Annual report on the lock hospitals of the Madras Presidency
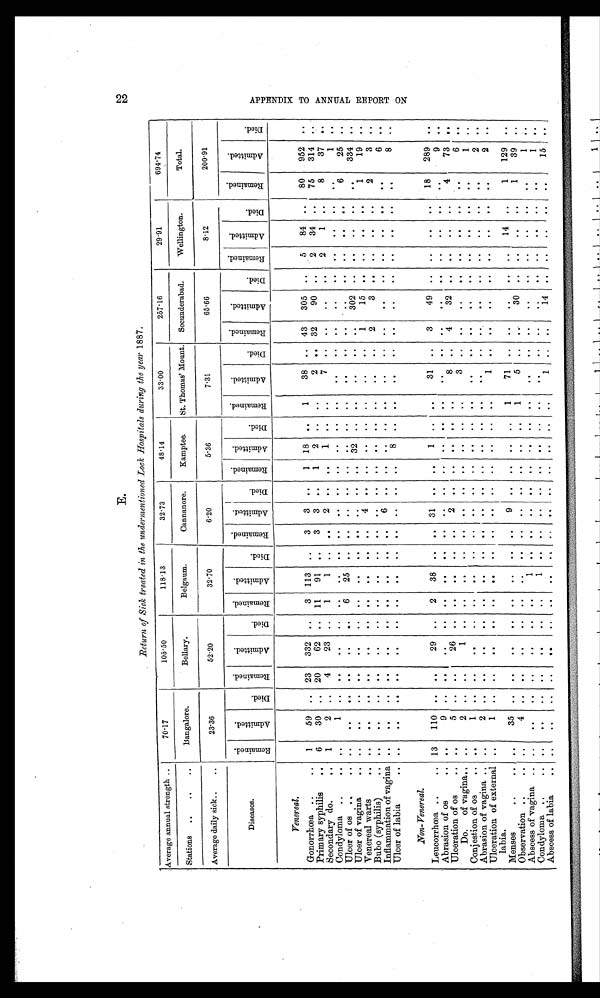
E.
Return of Sick treated in the undermentioned Lock Hospitals during the year 1887.
Average annual strength ..
70.17
105.50
118.13
32.73
48.14
33.00
257.16
29.91
694.74
Stations
.. ..
..
Bangalore.
Bellary.
Belgaum.
Cannanore.
Kamptee.
St. Thomas' Mount.
Secunderabad.
Wellington.
Total.
Average daily sick..
..
23.36
52.20
32.70
6.20
5.36
7.31
65.66
8.12
200.91
Diseases.
R e ma i n e d .
A d m i t t e d .
Di ed.
R e m a i n e d .
A d m i t t e d .
Died.
R e m a i n e d .
A d m i t t e d .
Di ed.
Remai ned.
A d m i t t e d .
D i e d .
R e m a i n e d .
Admi t t ed.
Died.
R e m a i n e d .
A d m i t t e d .
Di ed.
Remai ned.
A d m i t t e d .
D i e d .
R e ma i n e d .
A d m i t t e d .
Di ed.
R e ma i n e d .
A d m i t t e d .
D i e d .
Venereal.
Gonorrhœa ..
..
1
59
..
23
332 ..
3 113
. .
3
3
. .
1
18
. .
1
38
..
43
305
. .
5
84
. .
80
952
. .
Primary syphilis
.. .. 6
30
.. 20
62 ..
11
91
. .
3
3
. .
1
2
..
. .
2 .. 32
90
. .
2
34 ..
75
314
. .
Secondary do.
1
2
..
4
23 ..
1
1
..
..
2
. .
..
1
. .
. .
7
. .
. .
. .
. .
2
1 ..
8
37 ..
Condyloma ..
..
. .
1
. .
. .
. .
. .
. .
..
. .
. .
. .
. .
. .
. .
. .
. .
. .
. .
. .
. .
. .
. .
. .
. .
. .
1
. .
Ulcer of os ..
.. ..
. .
..
. .
..
. .
6
25
. .
. .
. .
. .
. .
. .
. .
..
. .
. .
. .
..
. .
. .
. .
. .
6
25
..
Ulcer of vagina
. .
. .
. .
. .
. .
. .
. .
. .
. .
. .
. .
. .
. .
. .
32
. .
. .
. .
. .
. . 302
. .
. .
. .
. .
. .
334 ..
Venereal warts
. .
. .
..
..
. .
. .
. .
. .
. .
. .
. .
4
..
..
..
..
..
..
..
1
15
. . ..
. . ..
1
19 ..
Bubo (syphilis).. ..
..
. .
. .
. .
. .
. .
. .
. .
. .
. .
. .
..
. .
. .
. .
. .
. .
2
3
. .
. .
..
. .
2
3
. .
Inflammation of vagina ..
..
. .
. .
. .
. .
. .
. .
. .
. .
6
. .
. . ..
. .
. .
..
. .
. .
. .
. .
. .
. .
. .
. .
6
. .
Ulcer of labia
. .
. .
. .
. .
..
. .
. .
. .
. .
. .
..
. .
. .
. .
8
. .
. .
. .
. .
. .
. . ..
. .
. .
. .
. .
8
. .
Non- Venereal.
Leucorrhœa ..
.. 13
110
. . ..
29 ..
2
38
. .
. . 31
. .
. .
1
..
. .
31
..
3
49
. .
. .
. .
. .
18
289
..
Abrasion of os
..
. .
9 ..
. .
. .
..
. .
. .
. .
. .
. .
. .
. .
. .
. .
. .
. .
. .
. .
. .
. .
. .
. .
. .
. .
9
. .
Ulceration of os
..
. .
5
. . ..
26
. .
. .
. .
. .
. .
2
. .
. .
. .
. .
. .
8 ..
4
32 ..
..
. .
. .
4
73
. .
Do. of vagina..
..
2
. . ..
1 .. ..
..
. .
. .
. .
. .
. .
. .
. . ..
3 ..
. .
. .
. .
. .
. .
. .
. .
6
. .
Conjestion of os ..
. .
1
. .
. .
. .
..
..
. .
. .
. .
. .
. .
. .
. .
. .
. .
. .
. .
. .
. .
. .
. .
. .
. .
. .
1
. .
Abrasion of vagina ..
..
2
. .
. .
. .
. .
. .
. .
. .
. .
. .
. .
. .
. .
. .
. .
. .
. .
. .
. . ..
. .
. . ..
. .
2
. .
Ulceration of external
labia.
..
1 .. ..
. .
. .
. .
. .
. . ..
. .
. .
. .
. .
. .
. .
1
. .
. .
. .
. .
. .
. .
. .
. .
2
. .
Menses
.. ..
..
35 ..
. .
. .
. .
. .
..
. . ..
9
. .
. .
. . ..
1
71 .. ..
. . . .
. .
14 ..
1
129
..
Observation ..
..
. .
4 ..
. .
. .
. . ..
..
..
. .
. .
..
. .
. .
. .
1
5 ..
. .
30
. .
. .
. .
. .
1
39
. .
Abscess of vagina ..
. .
..
. .
. .
. .
. .
. .
1
. .
. .
. .
. .
. .
. .
. .
. .
. .
. .
. .
. .
. .
. .
. .
. .
. .
1
. .
Condyloma ..
.. ..
. .
..
..
. .
. .
..
1
. .
. .
. .
. .
. .
. .
. .
. .
. .
. .
. .
. .
. .
. .
. .
. .
. .
1
..
Abscess of labia
..
. .
..
..
. .
. .
. .
. . ..
. .
. .
. .
. .
. .
. .
. .
. .
1
. .
. .
14
. .
. .
. .
. .
. .
1 5
. .
2 2 A P P E N D I X T O A N N U A L R E P O R T O N